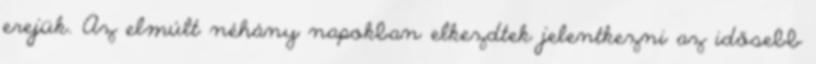
erejük. Az elmúlt néhány napokban elkezdtek jelentkezni az idősebb